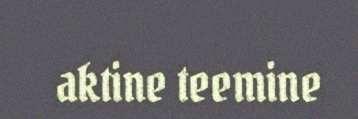
aktine teemine